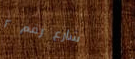
شارع رقم ٢